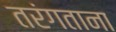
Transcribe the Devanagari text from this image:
तरंगताना